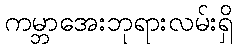
ကမ္ဘာအေးဘုရားလမ်းရှိ